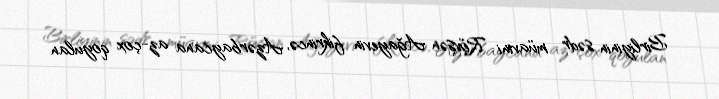
Birliyinin sədr müavini Rövşən Ağayevin fikrincə, Azərbaycana az-çox qoyulan